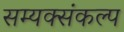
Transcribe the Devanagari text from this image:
सम्यक्संकल्प